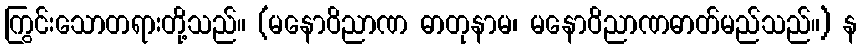
ကြွင်းသောတရားတို့သည်။ (မနောဝိညာဏ ဓာတုနာမ၊ မနောဝိညာဏဓာတ်မည်သည်။) န